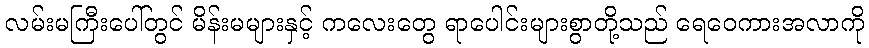
လမ်းမကြီးပေါ်တွင် မိန်းမများနှင့် ကလေးတွေ ရာပေါင်းများစွာတို့သည် ရေဝေကားအလာကို